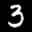
Label: 3